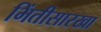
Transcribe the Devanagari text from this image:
भिंतीसारखा